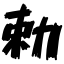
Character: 勅